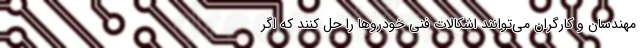
مهندسان و کارگران می‌توانند اشکالات فنی خودروها را حل کنند که اگر